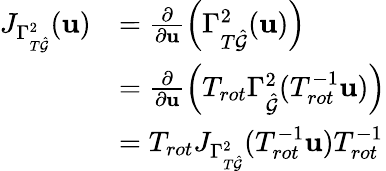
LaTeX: \begin{array}{rl}{J_{\Gamma_{T\hat{\mathcal{G}}}^{2}}(\mathbf{u})}&{=\frac{\partial}{\partial\mathbf{u}}\left(\Gamma_{T\hat{\mathcal{G}}}^{2}(\mathbf{u})\right)}\\ &{=\frac{\partial}{\partial\mathbf{u}}\left(T_{rot}\Gamma_{\hat{\mathcal{G}}}^{2}(T_{rot}^{-1}\mathbf{u})\right)}\\ &{=T_{rot}J_{\Gamma_{T\hat{\mathcal{G}}}^{2}}(T_{rot}^{-1}\mathbf{u})T_{rot}^{-1}}\end{array}